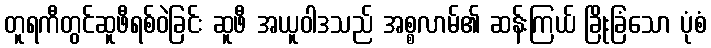
တူရကီတွင်ဆူဖီရစ်ဝဲခြင်း ဆူဖီ အယူဝါဒသည် အစ္စလာမ်၏ ဆန်းကြယ် ခြိုးခြံသော ပုံစံ